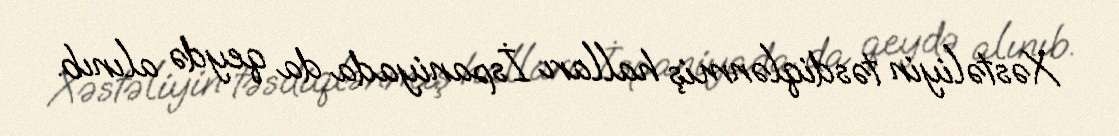
Xəstəliyin təsdiqlənmiş halları İspaniyada da qeydə alınıb.